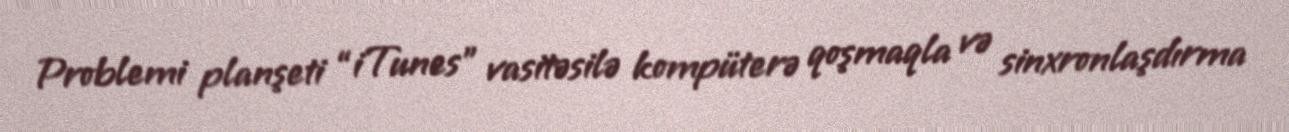
Problemi planşeti “iTunes” vasitəsilə kompüterə qoşmaqla və sinxronlaşdırma